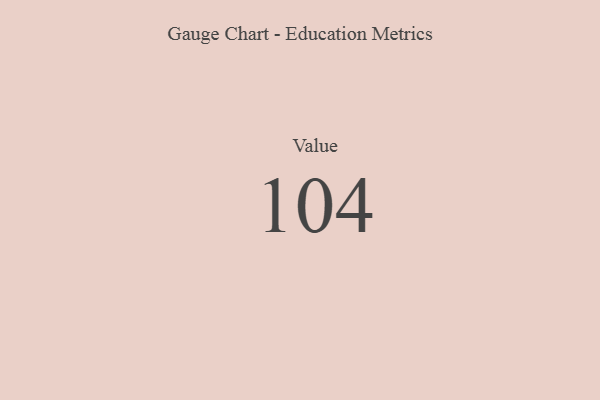
{"axis": {"x": "Metric", "y": "Value"}, "legend": [""], "data": [{"x": "Value", "y": 104, "type": ""}]}